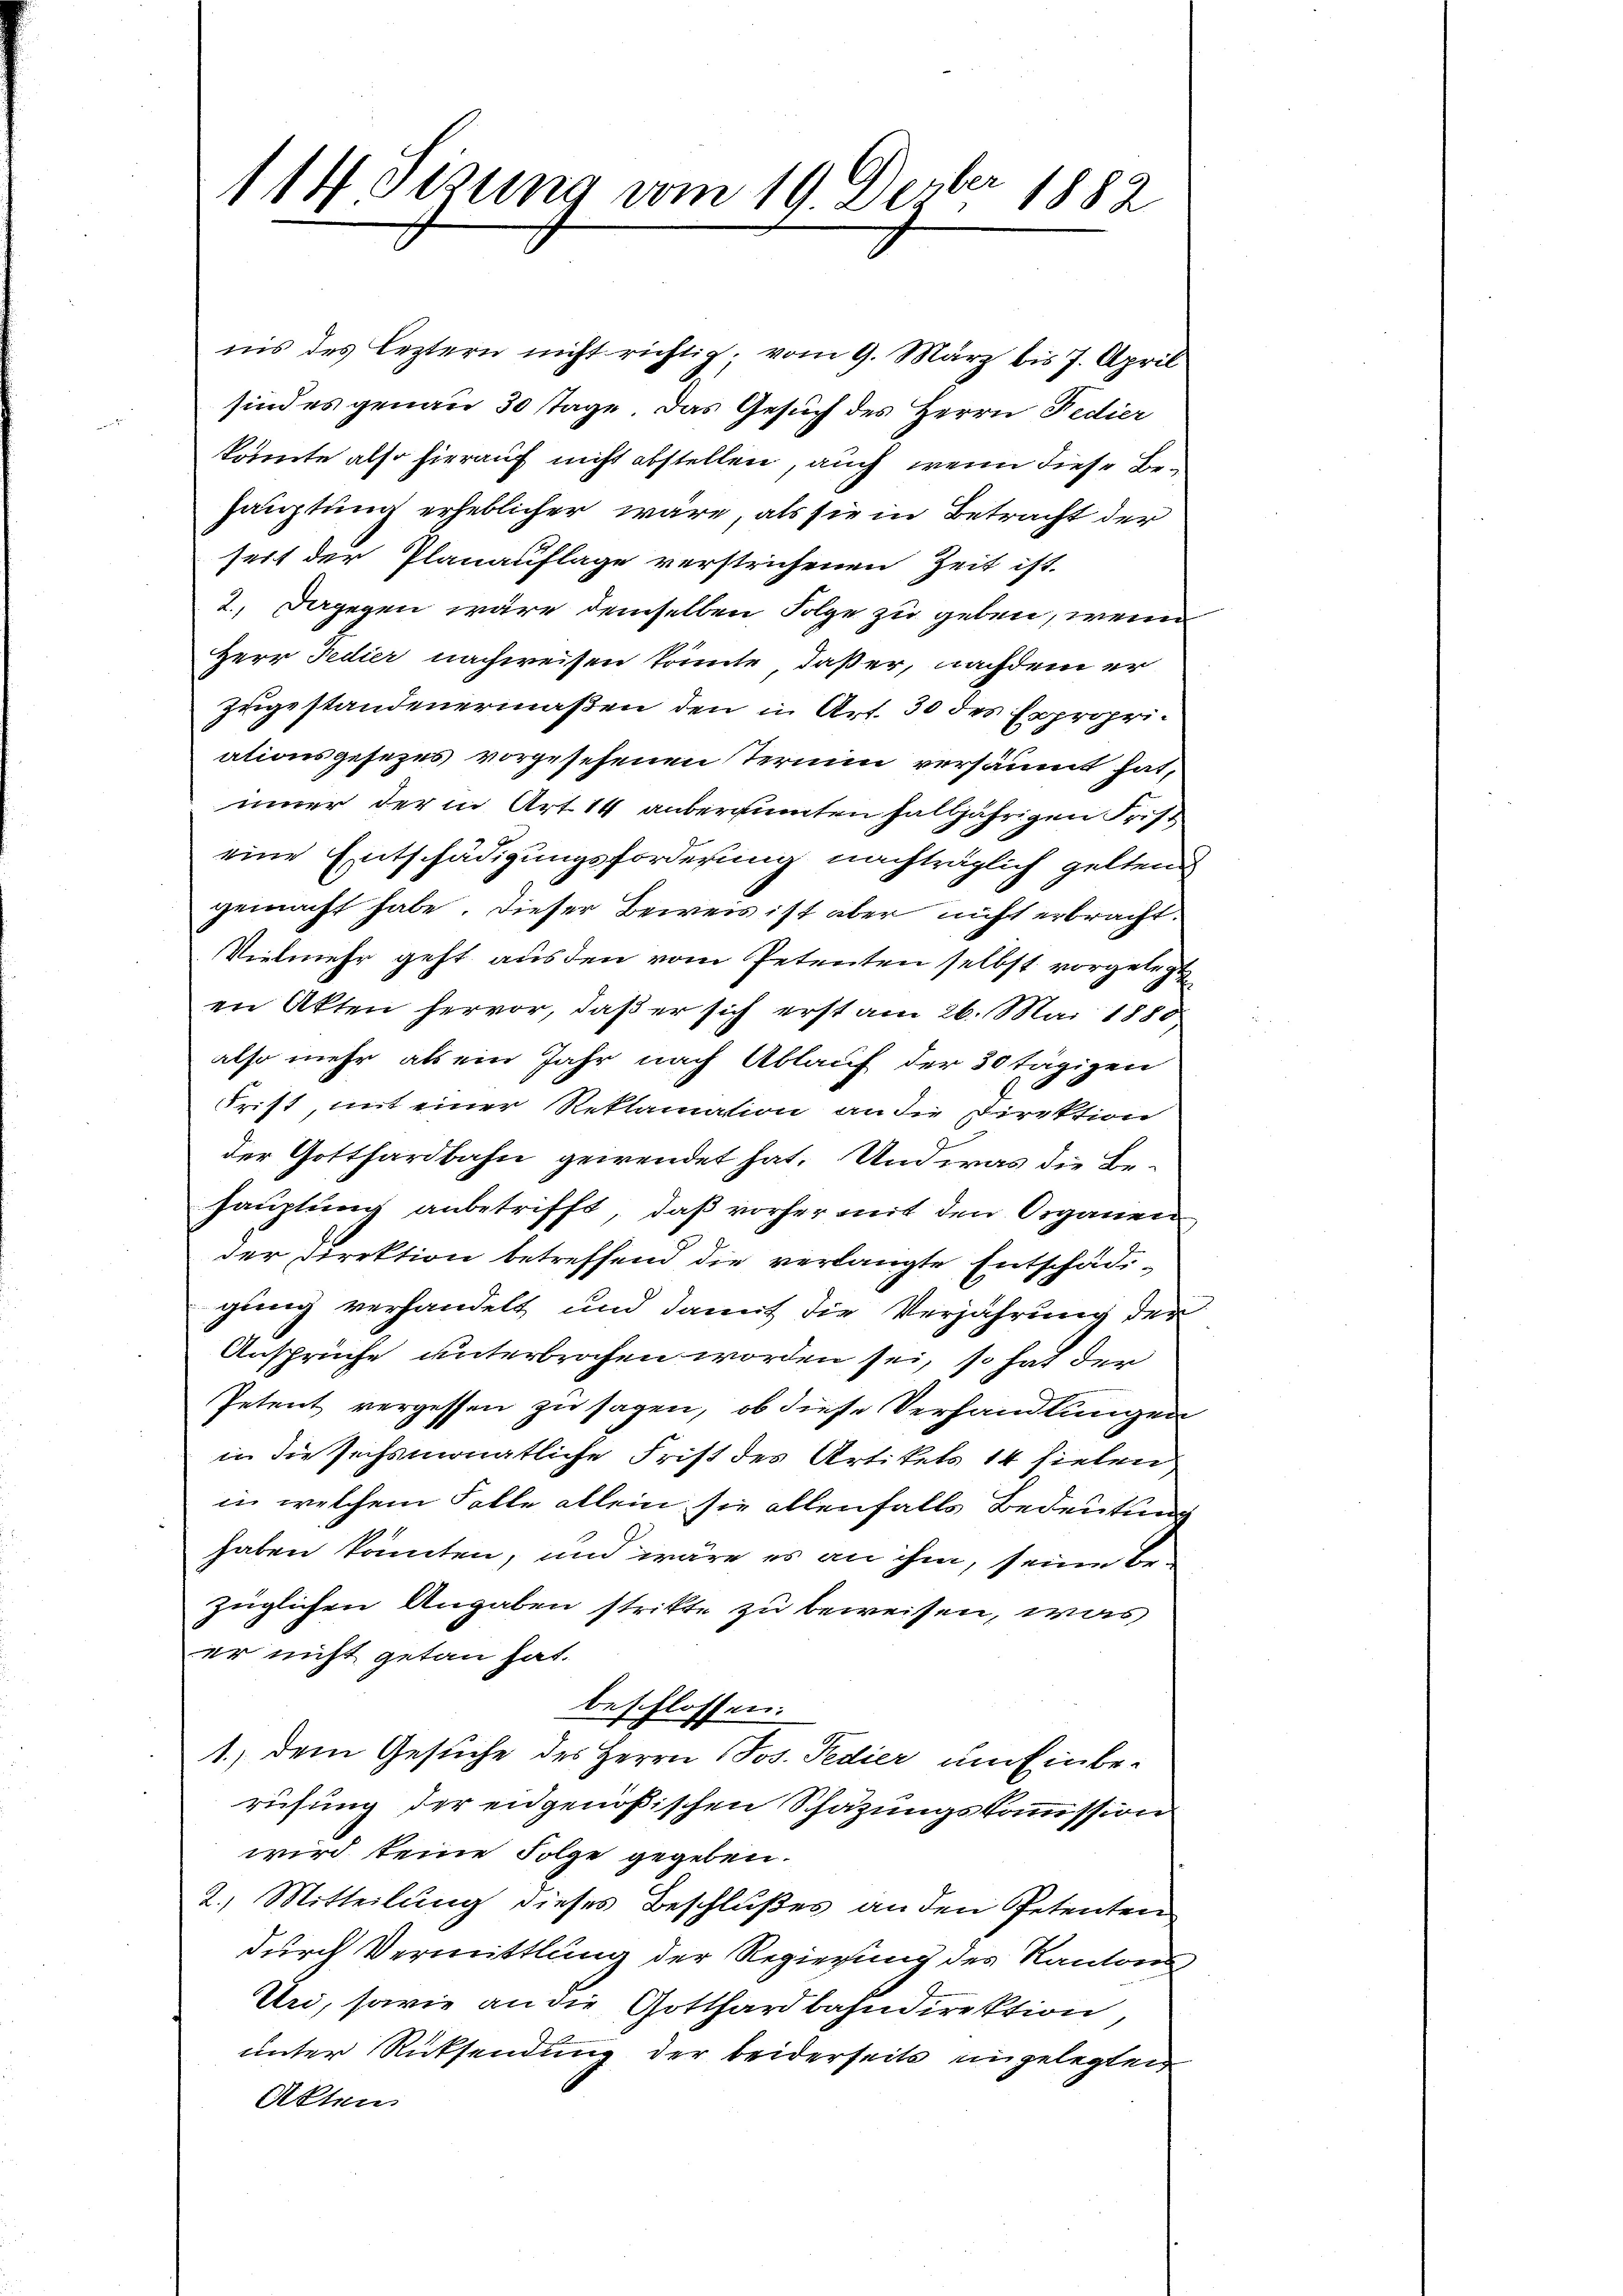
114 Stzung vom 19 Dezber 1882

nis des Leztern nicht richtig; vom 9. März bis 7. April
sind es genau 30 tage. Das Gesuch des Herrn Fedier
konnte also hierauf nicht abstellen, auch wenn diese Behauptung erheblicher wäre, als sie in Betracht der
seit der Planauflage verstrichenen Zeit ist.
2., Dagegen wäre demselben Folge zu geben, wenn
Herr Fedier nachweisen könnte, daß er, nachdem er
Zugestandenermaßen den in Art. 30 des Expropriationsgesezes vorgesehenen Termin versäumt hat,
iner der in Art. 14 anberginnten halbjährigen Frist
eine Entschädigungsforderung nachträglich geltend
gemacht habe. Dieser Beweis ist aber nicht erbracht.
Vielmehr geht aus den vom Petenten selbst vorgelegt
en Akten hervor, daß er sich erst am 26. Mai 1880
also mehr als ein Jahr nach Ablauf der 30 tägigen
Frist, mit einer Reklamation an die Direktion
der Gotthardbahn gewendet hat. Und was die Behauptung anbetrifft, daß vorher mit den Organen
der Direktion betreffend die verlangte Entschädigung verhandelt und damit die Verjährung der
Ansprüche unterbrochen worden sei, so hat der
Petent vergessen zu sagen, ob diese Verhandlungen
in die sechsmonatliche Frist des Artikels 14 fielen
in welchem Falle allein sie allenfalls Bedeutung
haben könnten, und wäre es an ihm, seine Be-
züglichen Angaben stritte zu beweisen, was
er nicht getan hat.
beschlossen:
1.) dem Gesuche des Herrn Jos. Fedier um Einberüfung der eidgenößischen Schazungskommission
wird keine Folge gegeben.
2.) Mitteilung dieses Beschlußes an den Petenten
durch Vermittlung der Regierung des Kantons¬
Uri, sowie an die Gotthardbahndirektion
unter Rücksendung der beiderseits engelegten
Akten.